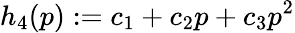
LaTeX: h_{4}(p):=c_{1}+c_{2}p+c_{3}p^{2}